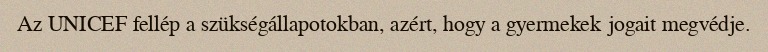
Az UNICEF fellép a szükségállapotokban, azért, hogy a gyermekek jogait megvédje.